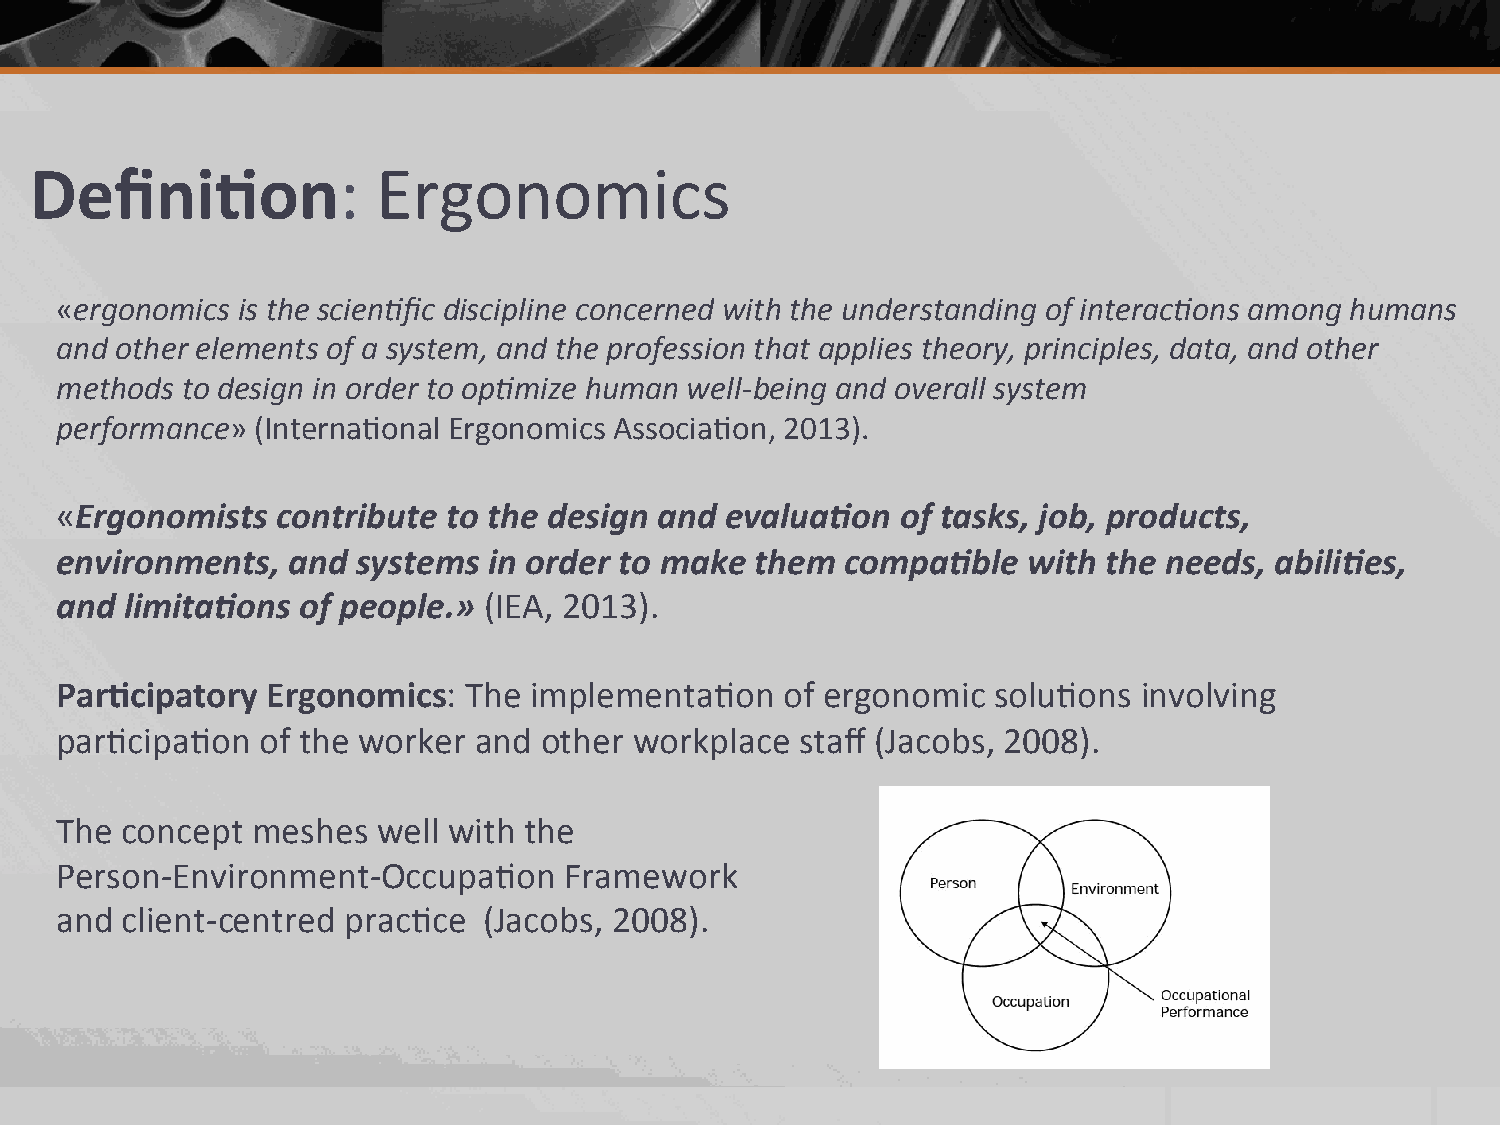
Defini.on:             Ergonomics
 «ergonomics is the scien-fic discipline concerned with the understanding of interac-ons among humans
 and other elements of a system, and the profession that applies theory, principles, data, and other
 methods to design in order to op-mize human well-­‐being and overall system
 performance» (Interna2onal Ergonomics Associa2on, 2013).
 «Ergonomists  contribute  to the design and evalua4on   of tasks, job, products,
 environments,  and  systems in order to make  them  compa4ble   with the needs, abili4es,
 and limita4ons  of people.» (IEA, 2013).
 Par.cipatory  Ergonomics:  The implementa2on    of ergonomic  solu2ons  involving
 par2cipa2on  of the worker and  other workplace  staff (Jacobs, 2008).
 The concept  meshes  well with the
 Person-­‐Environment-­‐Occupa2on Framework
 and client-­‐centred prac2ce (Jacobs, 2008).